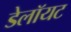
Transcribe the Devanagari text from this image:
डेलॉयट